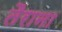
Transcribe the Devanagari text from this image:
तैराना